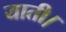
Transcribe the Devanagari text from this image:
याती।